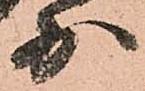
少